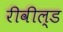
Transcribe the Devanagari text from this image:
रीवील्ड